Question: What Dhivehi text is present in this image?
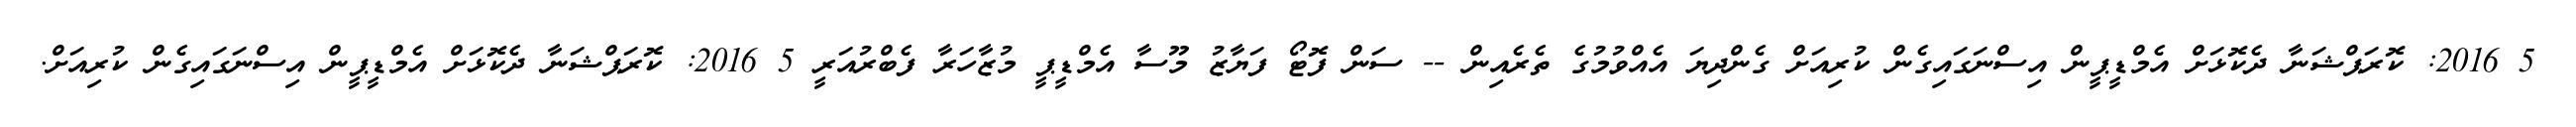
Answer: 5 2016: ކޮރަޕްޝަނާ ދެކޮޅަށް އެމްޑީޕީން އިސްނަގައިގެން ކުރިއަށް ގެންދިޔަ އެއްވުމުގެ ތެރެއިން -- ސަން ފޮޓޯ ފަޔާޒު މޫސާ އެމްޑީޕީ މުޒާހަރާ ފެބްރުއަރީ 5 2016: ކޮރަޕްޝަނާ ދެކޮޅަށް އެމްޑީޕީން އިސްނަގައިގެން ކުރިއަށް.